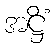
အဋ္ဌိံ